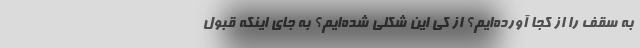
به سقف را از کجا آورده‌ایم؟ از کی این شکلی شده‌ایم؟ به جای اینکه قبول